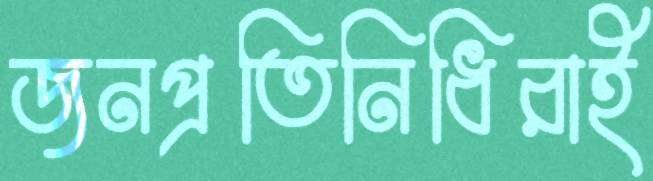
জনপ্রতিনিধিরাই